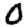
Digit: 0